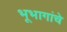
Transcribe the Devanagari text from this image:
भूभागांचे